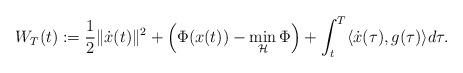
LaTeX: \begin{align*}W_T(t):= \frac{1}{2} \| \dot{x}(t) \|^2 + \left( \Phi(x(t))- \min_{\mathcal H}\Phi \right) + \int_t^T \langle \dot{x}(\tau) , g(\tau) \rangle d\tau .\end{align*}